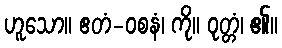
ဟူသော။ ဧတံ-ဝစနံ၊ ကို။ ဝုတ္တံ၊ ၏။